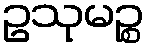
ဥသုမဉ္စ